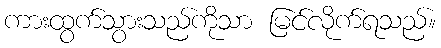
ကားထွက်သွားသည်ကိုသာ မြင်လိုက်ရသည်။